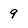
Character: 9